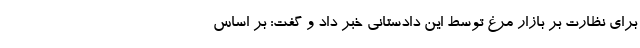
برای نظارت بر بازار مرغ توسط این دادستانی خبر داد و گفت: بر اساس